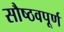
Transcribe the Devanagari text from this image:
सौष्ठवपूर्ण